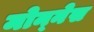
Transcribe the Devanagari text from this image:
मोन्‍नेस